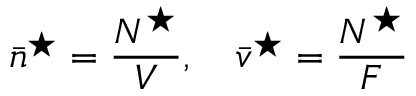
\bar { n } ^ { \star } = \frac { N ^ { \star } } { V } , \quad \bar { v } ^ { \star } = \frac { N ^ { \star } } { F }